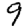
Digit: 9